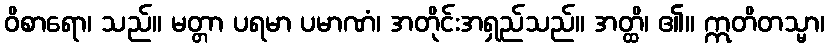
ဝိစာရော၊ သည်။ မတ္တာ ပရမာ ပမာဏံ၊ အတိုင်းအရှည်သည်။ အတ္ထိ၊ ၏။ ဣတိတသ္မာ၊